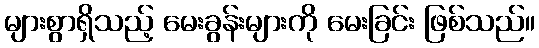
များစွာရှိသည့် မေးခွန်းများကို မေးခြင်း ဖြစ်သည်။